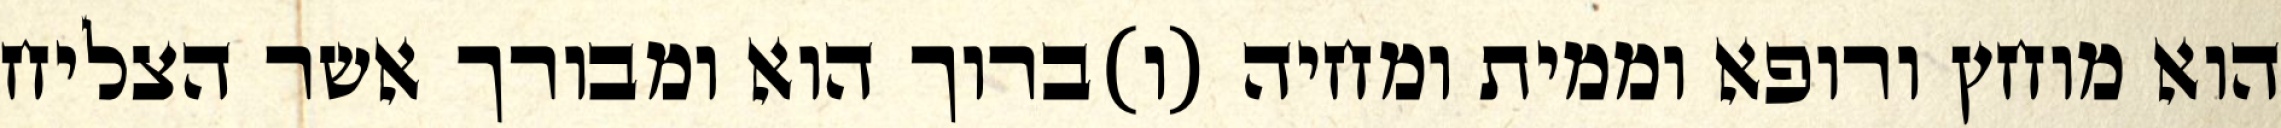
הוא מוחץ ורופא וממית ומחיה (ו)ברוך הוא ומבורך אשר הצליח